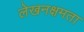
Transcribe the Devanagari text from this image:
लेखनक्षमता